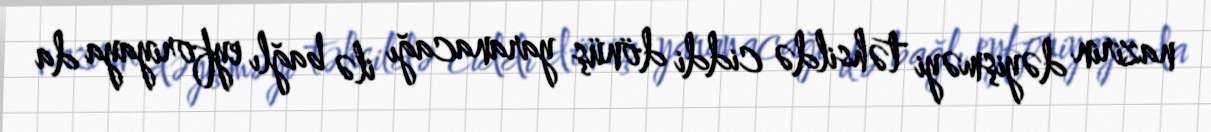
nazirin dəyişməyi təhsildə ciddi dönüş yaranacağı ilə bağlı eyforiyaya da